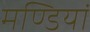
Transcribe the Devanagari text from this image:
मण्डियां